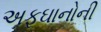
અફઘાનોની